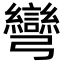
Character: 彎